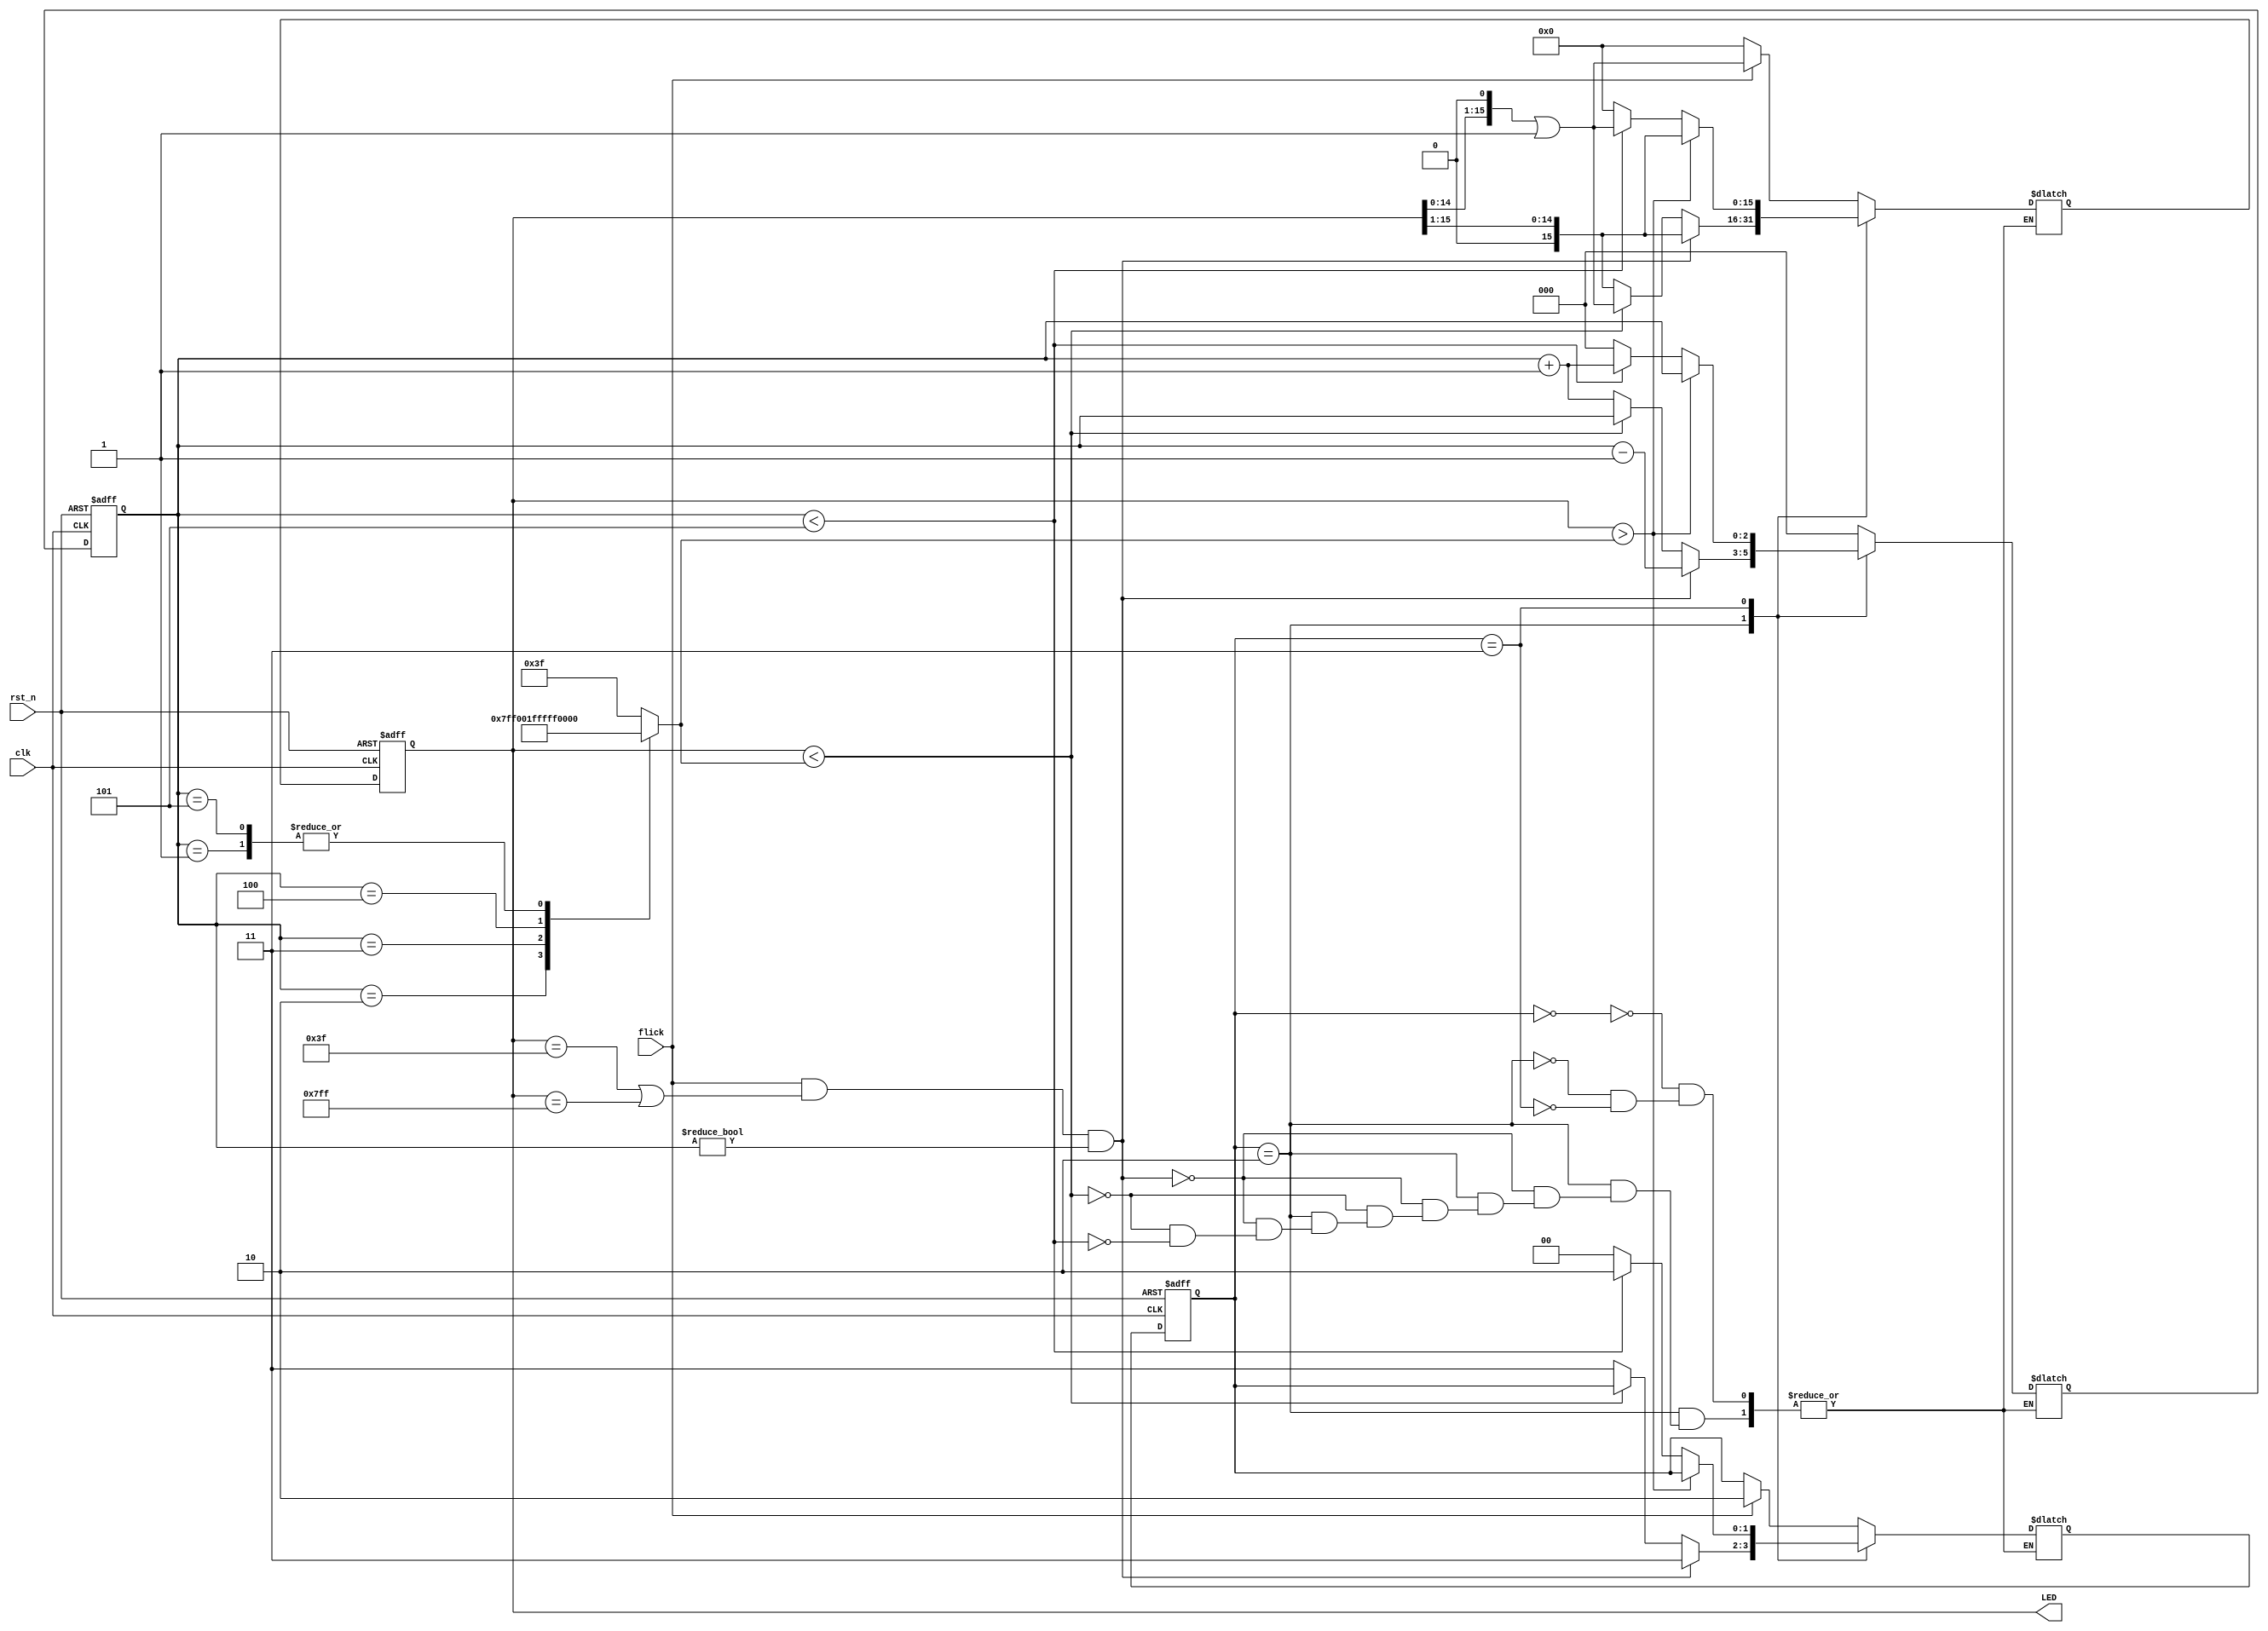
module bound_flasher(clk, rst_n, flick, LED);
	input clk, flick, rst_n;
	output reg [15:0]LED;
	
	parameter 	INIT  = 2'b00, UP = 2'b10, DOWN  = 2'b11;
	parameter MAX_STATE = 3'd5;

	reg [1:0]state;
	reg [1:0]next_State;
	reg [2:0]index;
	reg [2:0]next_Index;
	reg [15:0]next_LED;
	
	wire [15:0]array_LED[5:0];
	
	assign 	array_LED[0] = 16'h003f; //LED[0] -> LED[5]
	assign	array_LED[1] = 16'h0000; //LED[5] -> LED[0]
	assign	array_LED[2] = 16'h07ff; //LED[0] -> LED[10]
	assign	array_LED[3] = 16'h001f; //LED[10] -> LED[5]
	assign	array_LED[4] = 16'hffff; //LED[5] -> LED[15]
	assign	array_LED[5] = 16'h0000; //LED[15] -> LED[0]
			
	//BEHAVIORAL BLOCK (STATE FLIPFLOP)
	always@(posedge clk or negedge rst_n)
	begin
		if(!rst_n) begin
			state <= INIT;
			LED <= 16'd0;
			index <= 3'd0;
		end
		
		else begin
			state <= next_State;
			LED <= next_LED;
			index <= next_Index;
		end
	end
	
	//COMBINATIONAL BLOCK(LED-ARRAY)
	always@(*)
	begin
		case(state)
			// INIT
			INIT: begin
				next_State = state;
				next_LED = 16'd0;
				next_Index = 3'd0;
			
				if(flick) begin
					next_State = UP;
					next_LED = (LED << 1) | 1'b1;
				end
			end
			
			// UP
			UP: begin
				if(flick && (LED == 16'h003f || LED == 16'h07ff) && index != 0) begin
					next_State = DOWN;
					next_LED = (LED >> 1);
					next_Index = index - 1;
				end
				
				else if(LED < array_LED[index]) begin
					next_State = state;
					next_LED = (LED << 1) | 1'b1;
					next_Index = index;
				end
				
				else begin
					if(index < MAX_STATE) begin
						next_State = DOWN;
						next_LED = (LED >> 1);
						next_Index = index + 1;
					end
				end
			end
				
			// DOWN
			DOWN: begin
				if(LED > array_LED[index]) begin
					next_State = state;
					next_LED = (LED >> 1);
					next_Index = index;
				end
				
				else begin
					if(index < MAX_STATE) begin
						next_State = UP;
						next_LED = (LED << 1) | 1'b1;
						next_Index = index + 1;
					end
					
					else begin
						next_State = INIT;
						next_LED = 16'd0;
						next_Index = 3'd0;
					end
				end
			end
					
		endcase
	end
	
endmodule